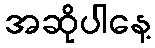
အဆိုပါနေ့